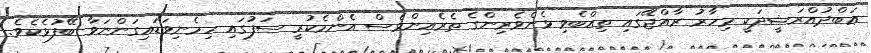
ޢަބްދުއްރަޝީދަކީ މިހާރު ރާއްޖޭގައި ތިއްބެވި ޅެންވެރިންގެ ތެރެއިންވެސް އެންމެކުރީ ސަފުގައި ހިމެނިވަޑައިގަންނަވާ ބޭފުޅެކެވެ.